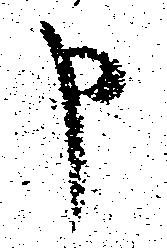
申